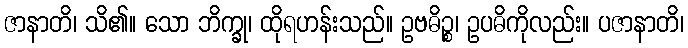
ဇာနာတိ၊ သိ၏။ သော ဘိက္ခု၊ ထိုရဟန်းသည်။ ဥဗဓိဉ္စ၊ ဥပဓိကိုလည်း။ ပဇာနာတိ၊